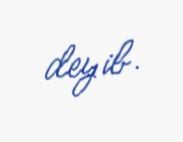
deyib.